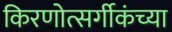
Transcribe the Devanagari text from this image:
किरणोत्सर्गीकंच्या